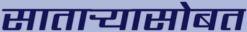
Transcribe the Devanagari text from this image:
सातार्‍यासोबत